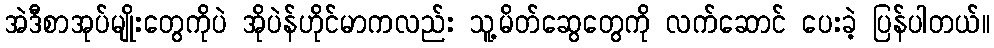
အဲဒီစာအုပ်မျိုးတွေကိုပဲ အိုပဲန်ဟိုင်မာကလည်း သူ့မိတ်ဆွေတွေကို လက်ဆောင် ပေးခဲ့ ပြန်ပါတယ်။